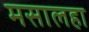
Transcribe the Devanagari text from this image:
मसालहा